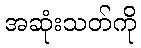
အဆုံးသတ်ကို